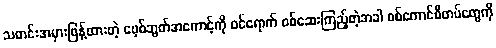
သတင်းအမှားဖြန့်ထားတဲ့ ဖေ့စ်ဘွတ်အကောင့်ကို ဝင်ရောက် စစ်ဆေးကြည့်တဲ့အခါ စစ်ကောင်စီတပ်တွေကို